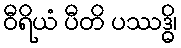
ဝီရိယံ ပီတိ ပဿဒ္ဓိ၊